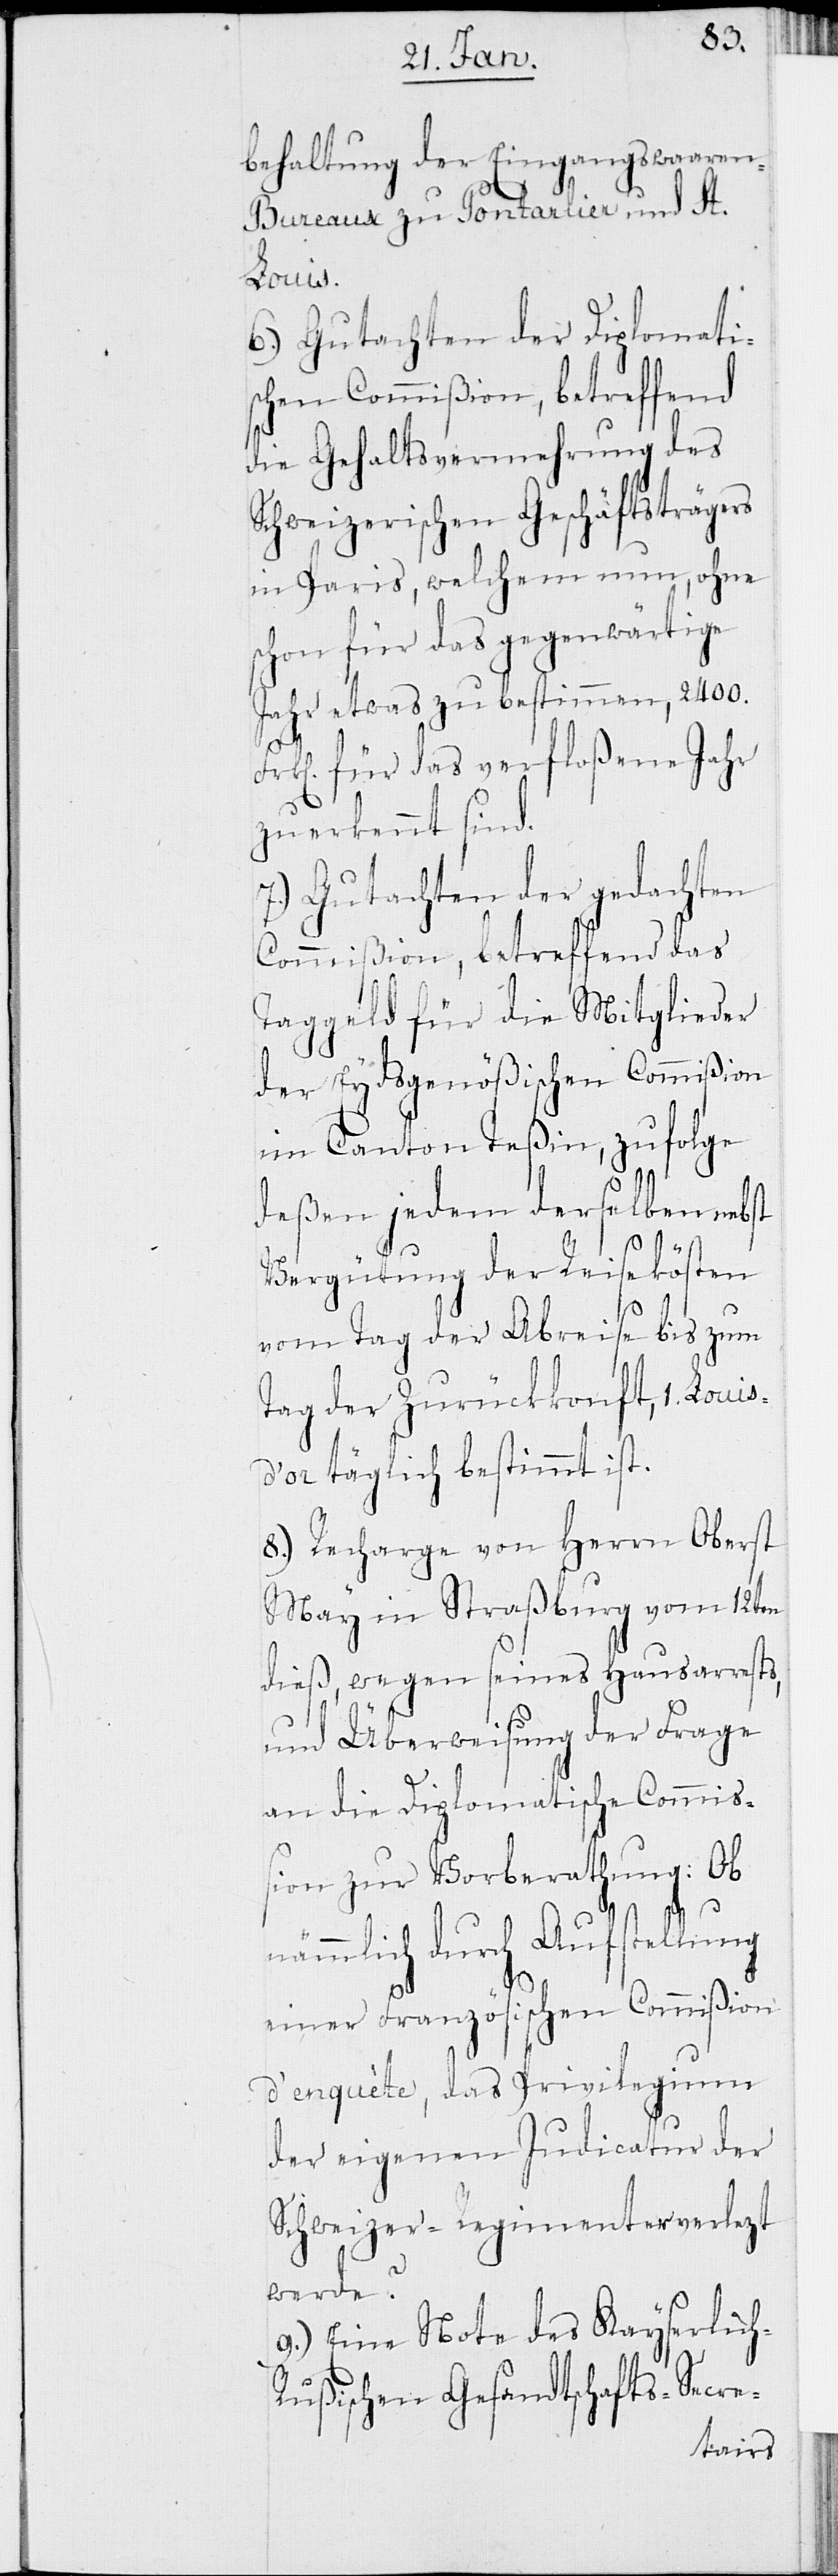
h-R¬
behaltung der Eingangswaaren
Bureaux zu Pontarlier und St.
Louis.
6.) Gutachten der Diplomati¬
schen Commißion, betreffend
die Gehaltsvermehrung des
Schweizerischen Geschäftsträgers
in Paris, welchem nun, ohne
schon für das gegenwärtige
Jahr etwas zu bestimmen, 2400.
für das verfloßene Jahr
zuerkannt sind.
7.) Gutachten der gedachten
Commißion, betreffend das
Taggeld für die Mitglieder
der Eydsgenößischen Commißion
im Canton Teßin, zufolge
deßen jedem derselben nebst
Vergütung der Reisekösten
vom Tag der Abreise bis zum
Tag der Zurückkonft, 1. Loui¬
s-d’or täglich bestimmt ist.
8.) Recharge von Herrn Oberst
May in Straßburg vom 12ten
dieß, wegen seines Hausarrests,
und Überweisung der Frage
an die Diplomatische Commiß¬
ion zur Vorberathung: Ob
nämmlich durch Aufstellung
einer Französischen Commißion
d’enquète, das Privilegium
der eigenen Judicatur der
Schweizer-Regimenter verlezt
werde?
9.) Eine Note des Kayserlic¬
ußischen Gesandtschafts-Secre-